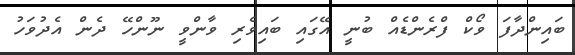
ބައިންދާފަ ވޯކް ފްރެންޑެއް ބުނީ އޭގައި ބައިވެރި ވާންވީ ނޫންހޭ ދެން އެދުވަަހު